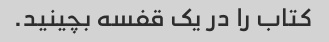
کتاب را در یک قفسه بچینید.